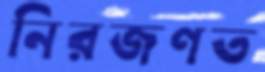
নিরজণত